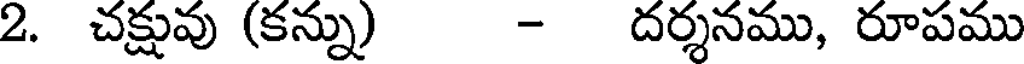
2. చక్షువు (కన్ను) - దర్శనము, రూపము